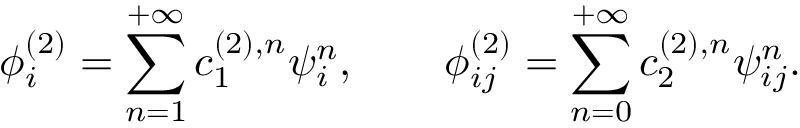
\phi _ { i } ^ { ( 2 ) } = \sum _ { n = 1 } ^ { + \infty } c _ { 1 } ^ { ( 2 ) , n } \psi _ { i } ^ { n } , \qquad \phi _ { i j } ^ { ( 2 ) } = \sum _ { n = 0 } ^ { + \infty } c _ { 2 } ^ { ( 2 ) , n } \psi _ { i j } ^ { n } .